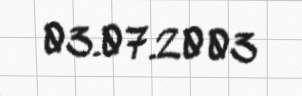
03.07.2003